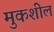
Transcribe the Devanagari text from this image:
मुकशील